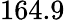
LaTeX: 164.9